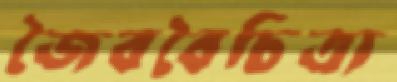
জৈববৈচিত্র্য